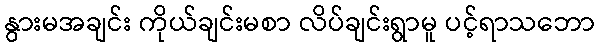
နွားမအချင်း ကိုယ်ချင်းမစာ လိပ်ချင်းရွာမူ ပင့်ရာသဘော